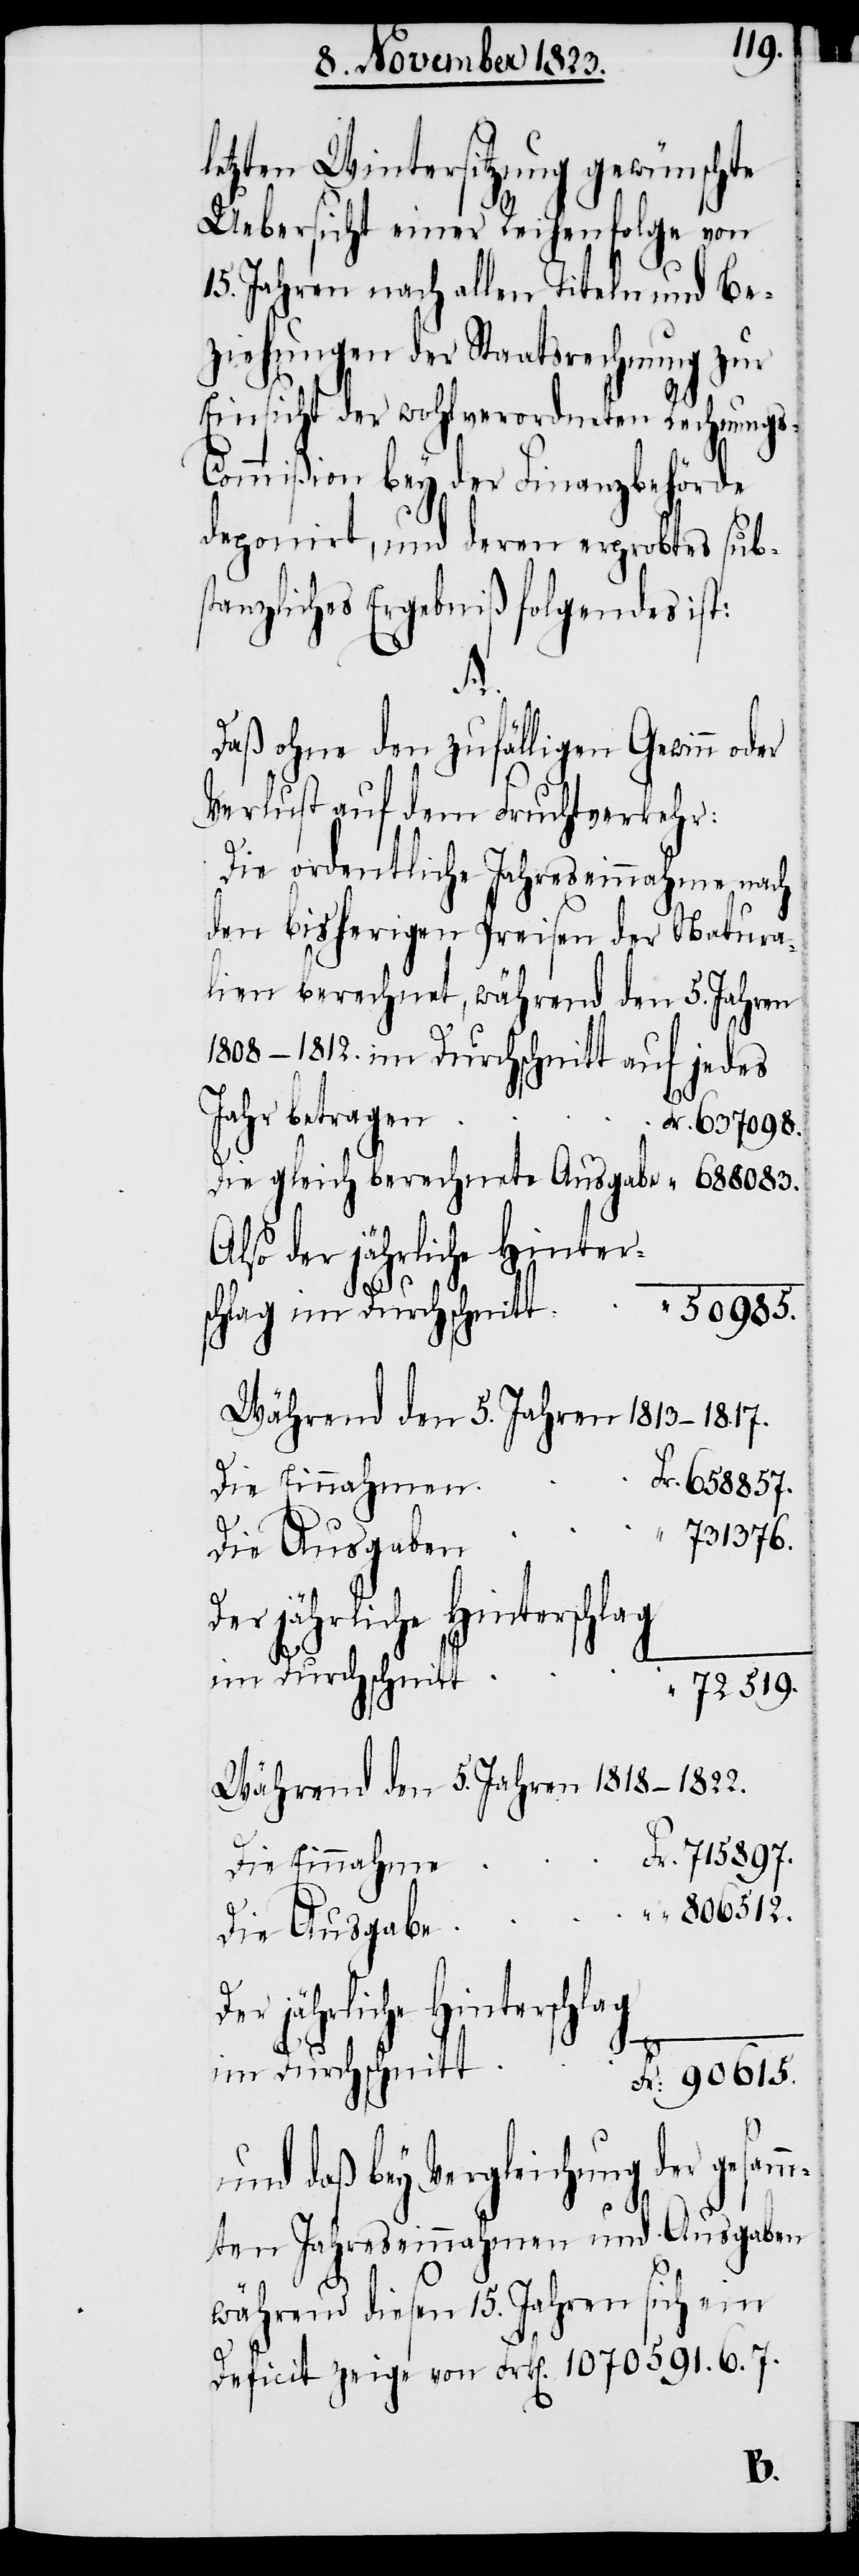
letzten Wintersitzung gewünschte
Uebersicht einer Reihenfolge von
15. Jahren nach allen Titeln und Be¬
ziehungen der Staatsrechnung zur
Einsicht der wohlverordneten Rechnungs-C¬
ommißion bey der Finanzbehörde
deponirt, und deren erprobtes subs¬
tanzliches Ergebniß folgendes ist:
Fr.
Daß ohne den zufälligen Gewinn oder
Verlust auf dem Fruchtverkehr:
Die ordentliche Jahreseinnahme nach
den bisherigen Preisen der Natura¬
lien berechnet, während den 5. Jahren
1808-1812. im Durchschnitt auf jedes
Jahr betragen
Also der jährliche Hinter¬
50985.
schlag im Durchschnitt
Während den 5. Jahren 1813-1817.
Die Einnahme
„
731376.
Die Ausgaben
Der jährliche Hinterschlag
72519.
Während den 5. Jahren 1818-1822.
806512.
Die Ausgabe
Die gleich berechne¬
im Durchschnitt
und daß bey Vergleichung der gesam¬
mten Jahreseinnahmen und Ausgaben
„
während diesen 15. Jahren sich ein
Deficit zeige von Frk[en]. 107591. 6. 7.